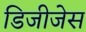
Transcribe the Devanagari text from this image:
डिजीजेस